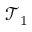
\mathcal { T } _ { 1 }